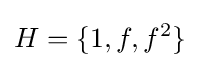
H=\{1,f,f^{2}\}